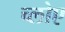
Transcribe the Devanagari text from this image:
च्लोए